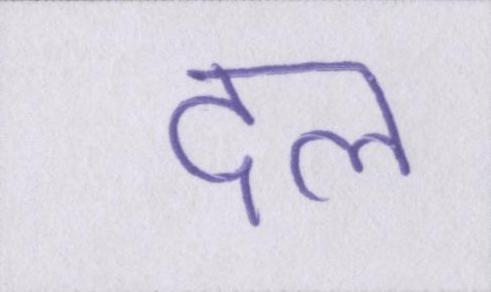
दल